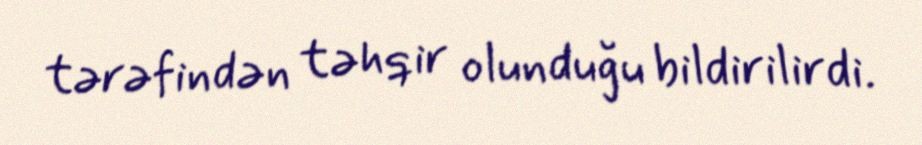
tərəfindən təhqir olunduğu bildirilirdi.